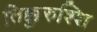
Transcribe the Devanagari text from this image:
तिक्कुरुश्शि